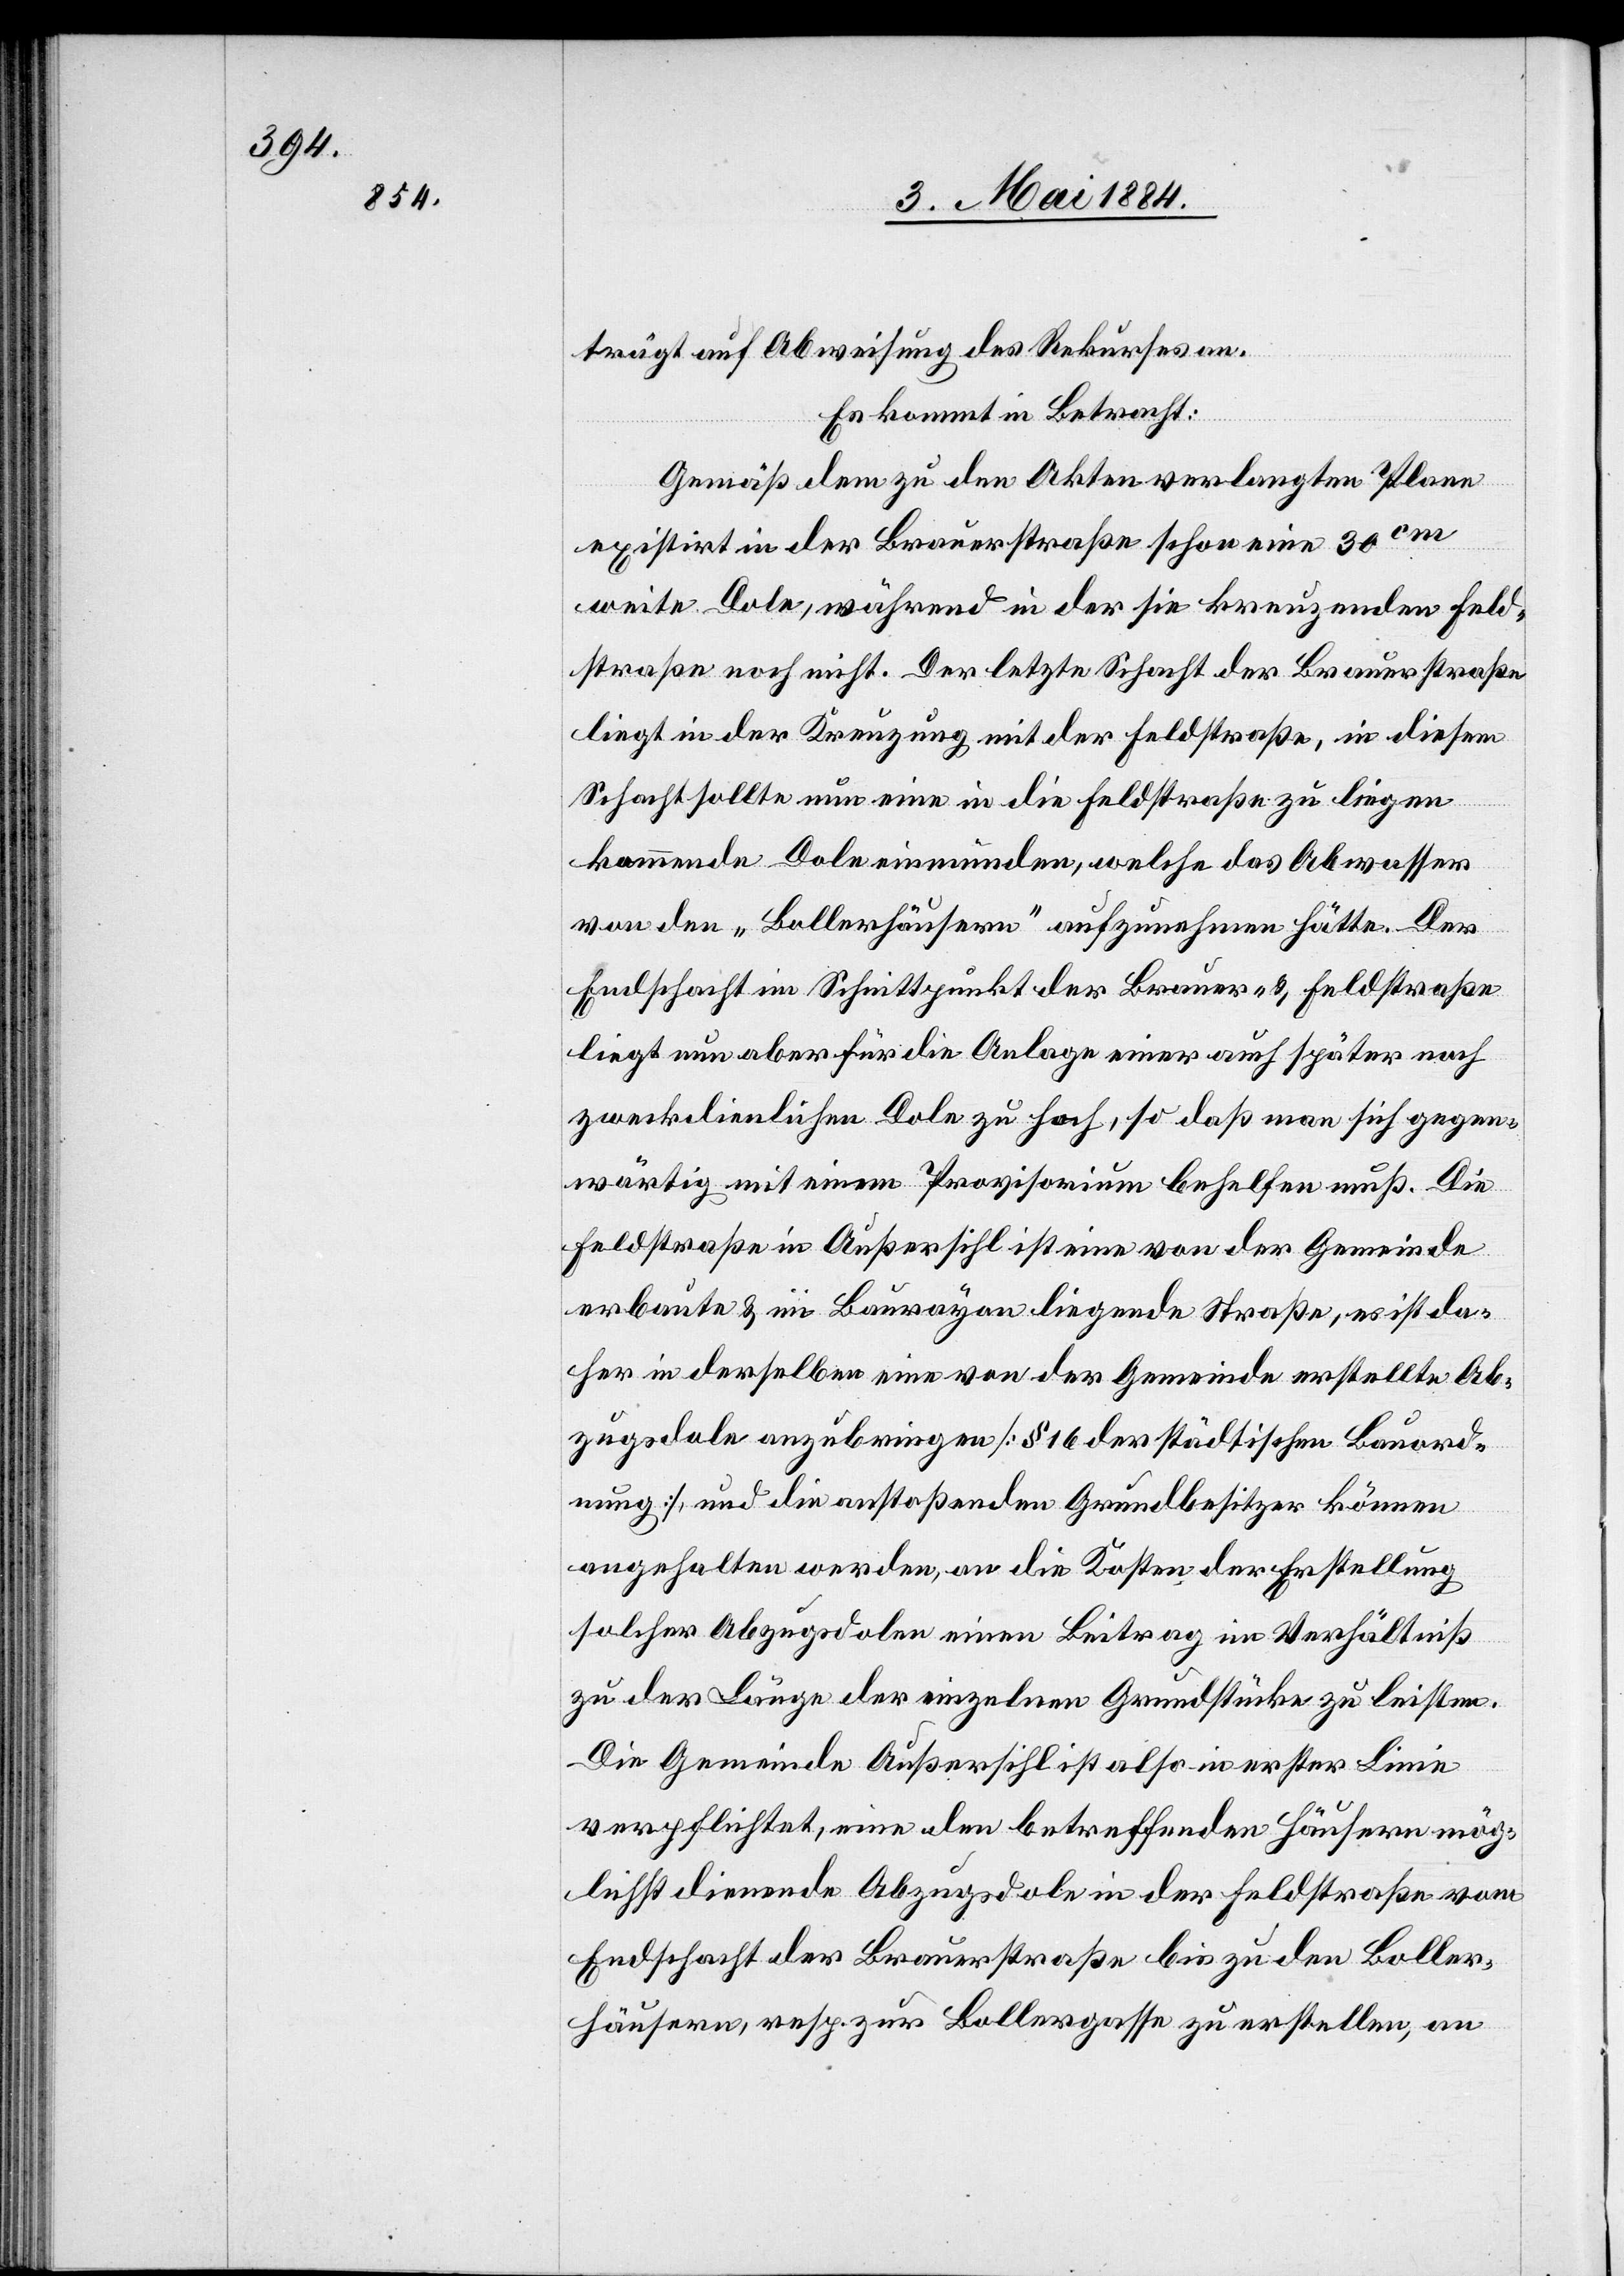
trägt auf Abweisung des Rekurses an.
Es kommt in Betracht:
Gemäß dem zu den Akten verlangten Plane
existirt in der Brauerstraße schon eine 30cm
weite Dole, während in der sie kreuzenden Feld¬
straße noch nicht. Der letzte Schacht der Brauerstraße
liegt in der Kreuzung mit der Feldstraße, in diesem
Schacht sollte nun eine in die Feldstraße zu liegen
kommende Dole einmünden, welche das Abwasser
von den „Bollerhäusern“ aufzunehmen hätte. Der
Endschacht im Schnittpunkt der Brauer- & Feldstraße
liegt nun aber für die Anlage einer auch später noch
zweckdienlichen Dole zu hoch, so daß man sich gegen¬
wärtig mit einem Provisorium behelfen muß. Die
Feldstraße in Außersihl ist eine von der Gemeinde
erbaute & im Baurayon liegende Straße, es ist da¬
her in derselben eine von der Gemeinde erstellte Ab¬
zugsdole anzubringen [§ 16 der städtischen Bauord¬
nung] und die anstoßenden Grundbesitzer können
angehalten werden, an die Kosten der Erstellung
solcher Abzugsdolen einen Beitrag im Verhältniß
zu der Länge der einzelnen Grundstücke zu leisten.
Die Gemeinde Außersihl ist also in erster Linie
verpflichtet, eine den betreffenden Häusern mög¬
lichst dienende Abzugsdole in der Feldstraße vom
Endschacht der Brauerstraße bis zu den Boller¬
häusern, resp. zur Bollergasse zu erstellen, an